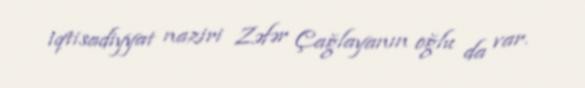
iqtisadiyyat naziri Zəfər Çağlayanın oğlu da var.